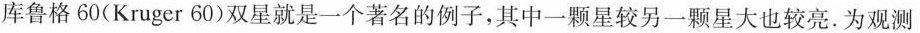
库鲁格60(Kruger60)双星就是一个著名的例子，其中一颗星较另一颗星大也较亮.为观测